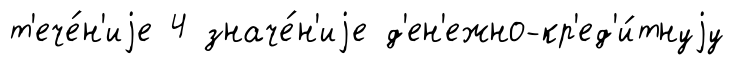
т'ече́н'иjе 4 значе́н'иjе д'ен'ежно-кр'ед'и́тнуjу